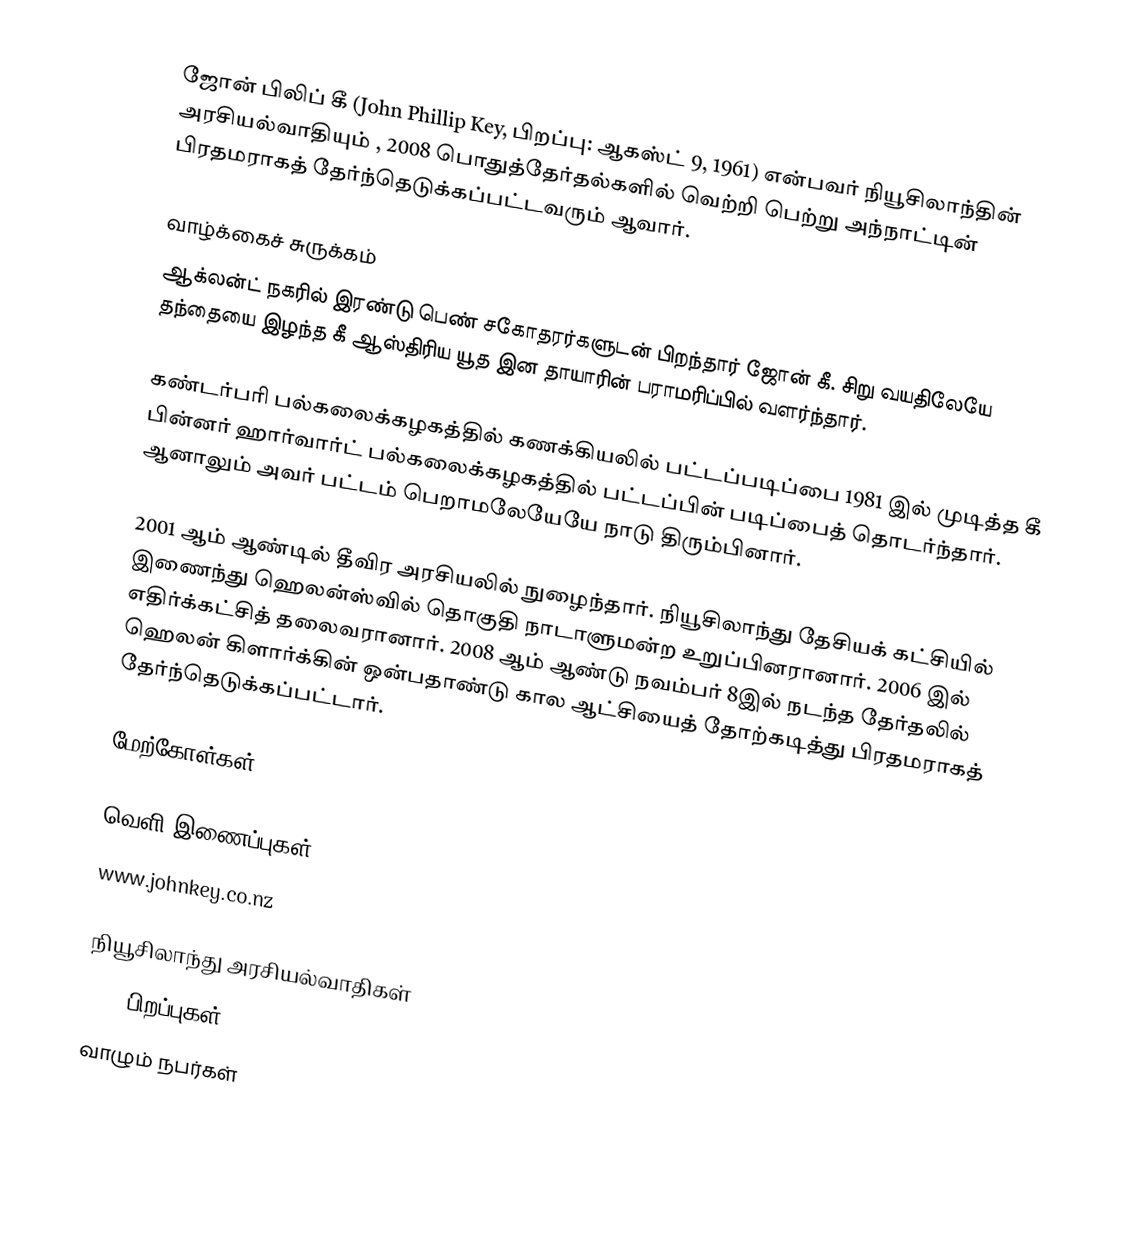
ஜோன் பிலிப் கீ (John Phillip Key, பிறப்பு: ஆகஸ்ட் 9, 1961) என்பவர் நியூசிலாந்தின் அரசியல்வாதியும் , 2008 பொதுத்தேர்தல்களில் வெற்றி பெற்று அந்நாட்டின் பிரதமராகத் தேர்ந்தெடுக்கப்பட்டவரும் ஆவார்.

வாழ்க்கைச் சுருக்கம்
ஆக்லன்ட் நகரில் இரண்டு பெண் சகோதரர்களுடன் பிறந்தார் ஜோன் கீ. சிறு வயதிலேயே தந்தையை இழந்த கீ ஆஸ்திரிய யூத இன தாயாரின் பராமரிப்பில் வளர்ந்தார்.

கண்டர்பரி பல்கலைக்கழகத்தில் கணக்கியலில் பட்டப்படிப்பை 1981 இல் முடித்த கீ பின்னர் ஹார்வார்ட் பல்கலைக்கழகத்தில் பட்டப்பின் படிப்பைத் தொடர்ந்தார். ஆனாலும் அவர் பட்டம் பெறாமலேயேயே நாடு திரும்பினார்.

2001 ஆம் ஆண்டில் தீவிர அரசியலில் நுழைந்தார். நியூசிலாந்து தேசியக் கட்சியில் இணைந்து ஹெலன்ஸ்வில் தொகுதி நாடாளுமன்ற உறுப்பினரானார். 2006 இல் எதிர்க்கட்சித் தலைவரானார். 2008 ஆம் ஆண்டு நவம்பர் 8இல் நடந்த தேர்தலில் ஹெலன் கிளார்க்கின் ஒன்பதாண்டு கால ஆட்சியைத் தோற்கடித்து பிரதமராகத் தேர்ந்தெடுக்கப்பட்டார்.

மேற்கோள்கள்

வெளி இணைப்புகள்
 www.johnkey.co.nz

நியூசிலாந்து அரசியல்வாதிகள்
1961 பிறப்புகள்
வாழும் நபர்கள்